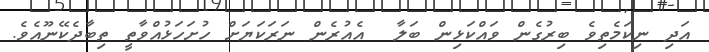
އަދި ނިކަމެތިވެ ބިރުގެން ވައްކަޅިން ބަލާ  އެއުރެން ނަރަކަޔަށް ހުށަހަޅުއްވާތީ ތިބާދެކޭނޫއެވެ.